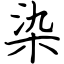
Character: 染